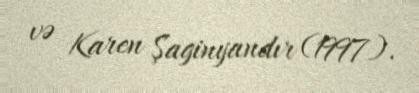
və Karen Şaginyandır (1997).